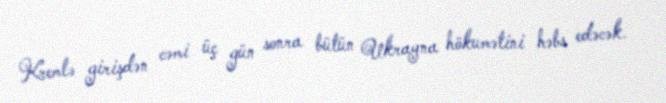
Kremlə girişdən cəmi üç gün sonra bütün Ukrayna hökumətini həbs edəcək.